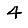
Digit: 4